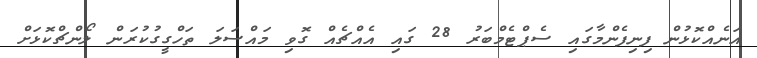
އަނެއްކޮޅުން ފިނިފެންމާގައި ސެޕްޓެމްބަރު 28 ގައި އެއްޗެއް ގޮވި މައްސަލަ ތަހްގީގުކުރަން ލޯންޗްކޮޅަށް